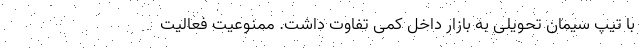
با تیپ سیمان تحویلی به بازار داخل کمی تفاوت داشت. ممنوعیت فعالیت